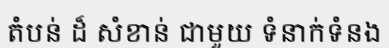
តំបន់ ដ៏ សំខាន់ ជាមួយ ទំនាក់ទំនង